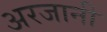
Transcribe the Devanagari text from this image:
अरजानी